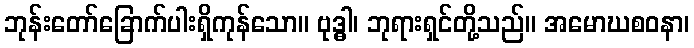
ဘုန်းတော်ခြောက်ပါးရှိကုန်သော။ ဗုဒ္ဓါ၊ ဘုရားရှင်တို့သည်။ အမောဃစဝနာ၊